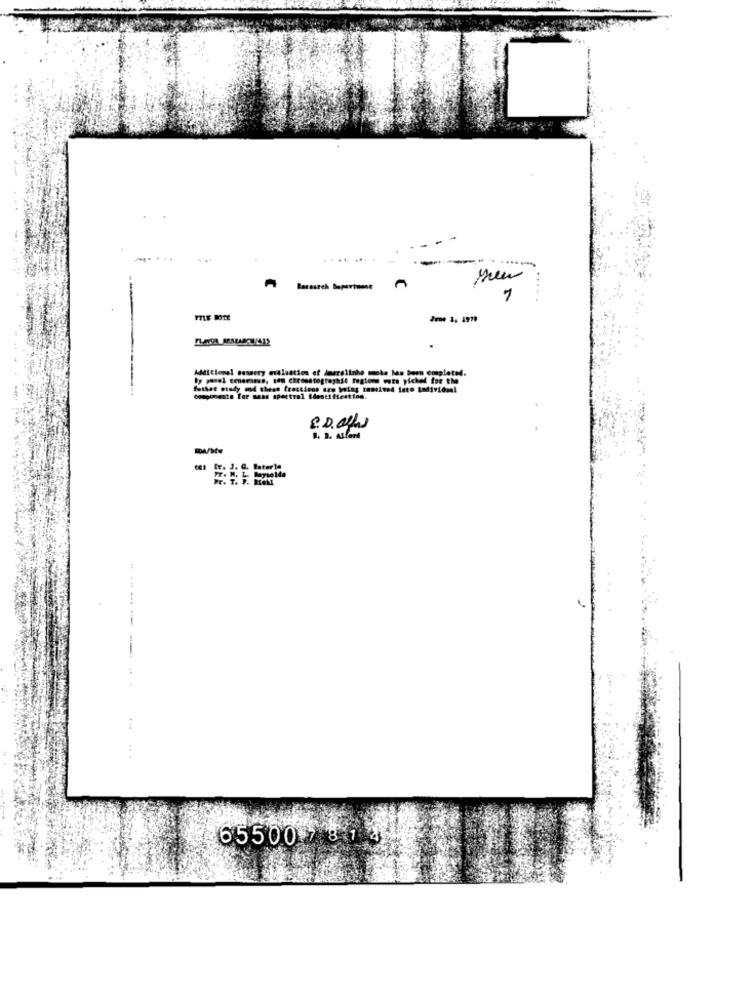
........
--
7
Additional sestry evaluation of marslinhe make has been completed.
Componente for sans spectral identification.
ST. J. C. Bateria
--------
.. .
65500 7814